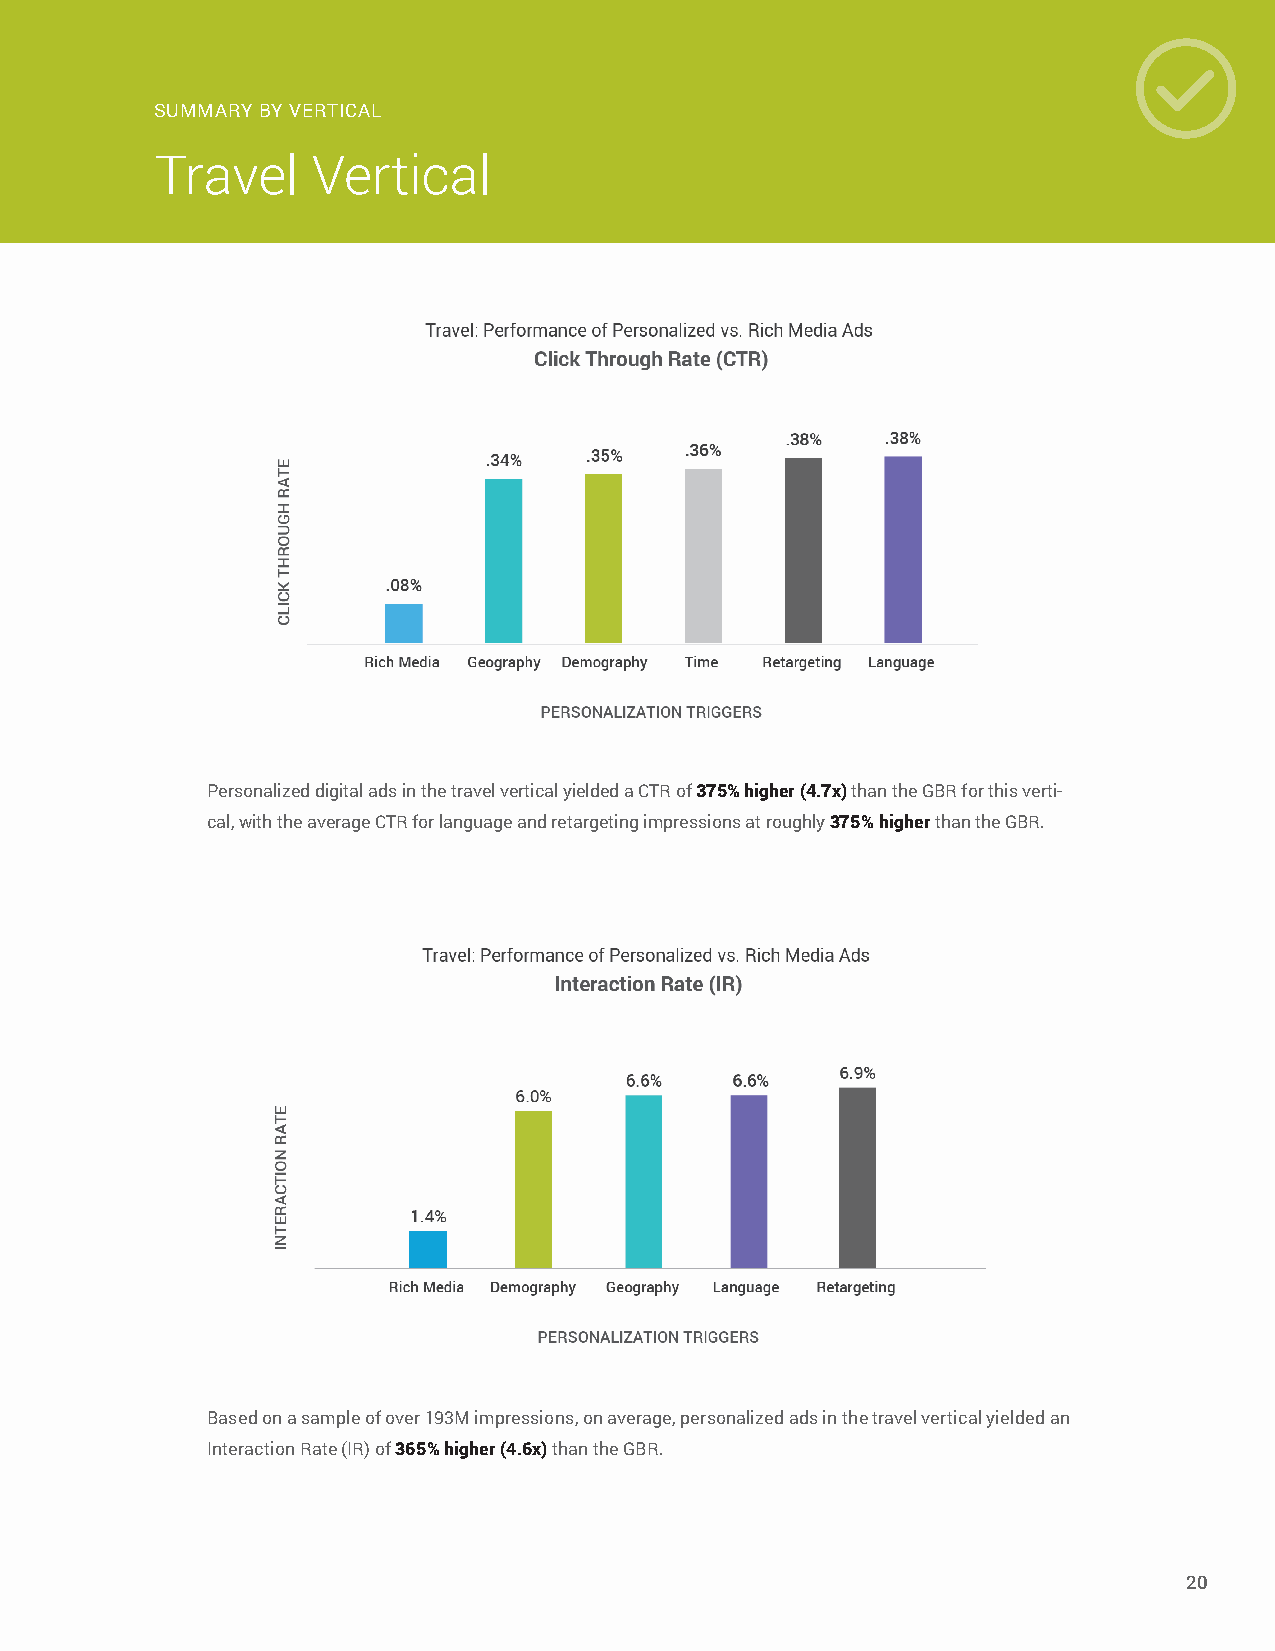
SUMMARY BY VERTICAL
 Travel     Vertical
 Personalized digital ads in the travel vertical yielded a CTR of 375% higher (4.7x) than the GBR for this verti-
 cal, with the average CTR for language and retargeting impressions at roughly 375% higher than the GBR.
 Based on a sample of over 193M impressions, on average, personalized ads in the travel vertical yielded an
 Interaction Rate (IR) of 365% higher (4.6x) than the GBR.
 20